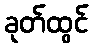
ခုတ်ထွင်